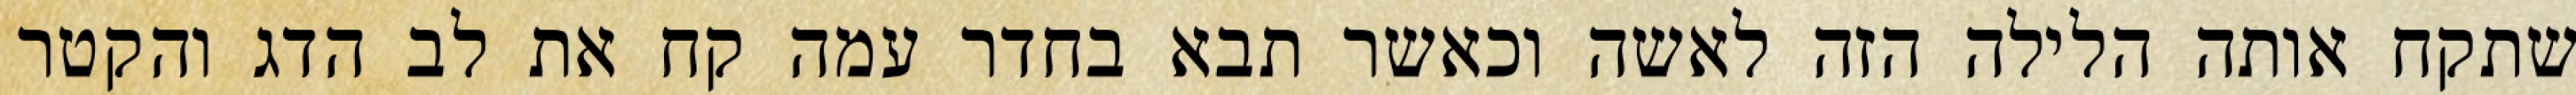
שתקח אותה הלילה הזה לאשה וכאשר תבא בחדר עמה קח את לב הדג והקטר